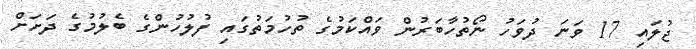
ޖުލައި 17 ވަނަ ދުވަހު ނޯތުހާބަރުން ވައްކަމުގެ ތުހުމަތުގައި ފުލުހުންގެ ބެލުމުގެ ދަށަށް